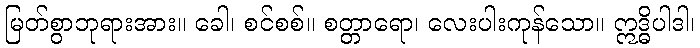
မြတ်စွာဘုရားအား။ ခေါ၊ စင်စစ်။ စတ္တာရော၊ လေးပါးကုန်သော။ ဣဒ္ဓိပါဒါ၊